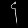
Digit: ၄